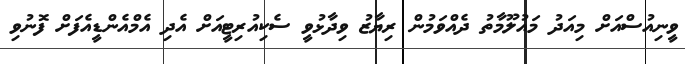
ވީނިއުސްއަށް މިއަދު މައުލޫމާތު ދެއްވަމުން ރިޔާޒު ވިދާޅުވީ ސެކިއުރިޓީއަށް އެދި އެމްއެންޑީއެފަށް ފޮނުވި